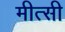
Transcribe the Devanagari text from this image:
मीत्सी